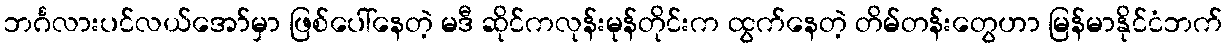
ဘင်္ဂလားပင်လယ်အော်မှာ ဖြစ်ပေါ်နေတဲ့ မဒီ ဆိုင်ကလုန်းမုန်တိုင်းက ထွက်နေတဲ့ တိမ်တန်းတွေဟာ မြန်မာနိုင်ငံဘက်